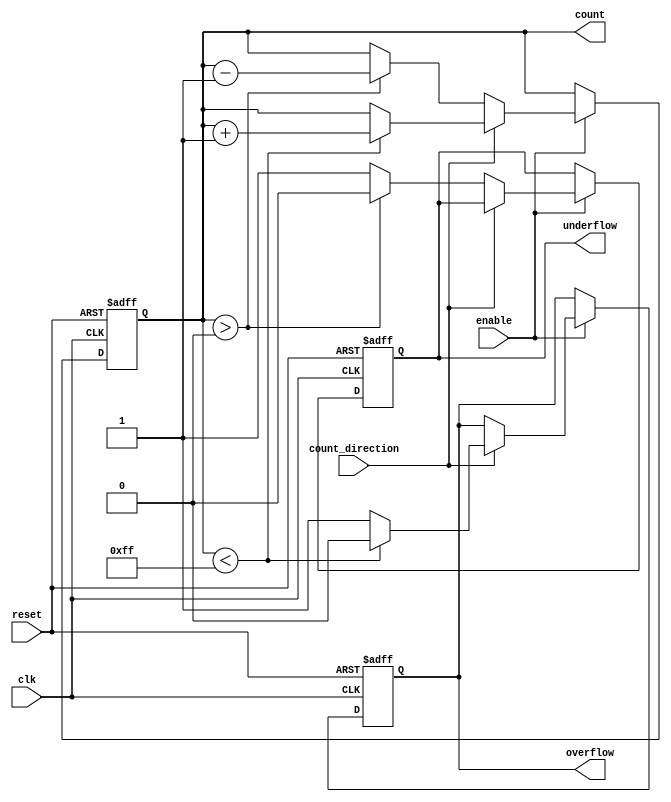
module MemoryBlocksBinaryCounter #(
    parameter WIDTH = 8 // Configurable bit width (e.g., 4, 8, etc.)
)(
    input wire clk,              // Clock input
    input wire reset,            // Synchronous reset
    input wire enable,           // Enable signal
    input wire count_direction,   // Count direction: 1 for up, 0 for down
    output reg [WIDTH-1:0] count, // Current count value
    output reg overflow,         // Overflow flag
    output reg underflow         // Underflow flag
);

    // Internal signals
    reg [WIDTH-1:0] max_value;
    reg [WIDTH-1:0] min_value;

    // Initialize max and min values based on WIDTH
    initial begin
        max_value = (1 << WIDTH) - 1; // 2^WIDTH - 1
        min_value = 0;                 // 0
        count = 0;                     // Initialize count to 0
        overflow = 0;                  // Initialize overflow flag
        underflow = 0;                 // Initialize underflow flag
    end

    // Counting logic
    always @(posedge clk or posedge reset) begin
        if (reset) begin
            count <= 0;               // Reset count to 0
            overflow <= 0;            // Clear overflow flag
            underflow <= 0;           // Clear underflow flag
        end else if (enable) begin
            if (count_direction) begin // Count up
                if (count < max_value) begin
                    count <= count + 1;
                    overflow <= 0;      // Clear overflow flag
                end else begin
                    count <= count;     // Hold value at max
                    overflow <= 1;      // Set overflow flag
                end
            end else begin // Count down
                if (count > min_value) begin
                    count <= count - 1;
                    underflow <= 0;     // Clear underflow flag
                end else begin
                    count <= count;     // Hold value at min
                    underflow <= 1;     // Set underflow flag
                end
            end
        end
    end

endmodule